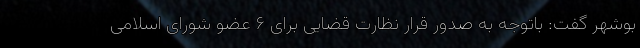
بوشهر گفت: باتوجه به صدور قرار نظارت قضایی برای ۶ عضو شورای اسلامی